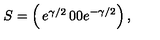
S = \left( \begin{matrix} { e ^ { \gamma / 2 } } & { 0 } \\ { 0 } & { e ^ { - \gamma / 2 } } \\ \end{matrix} \right) ,